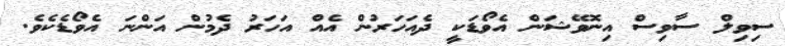
ސިވިލް ސާވިސް އިނޮވޭޝަން އެވޯޑަކީ ދެއަހަރުން އެއް އަހަރު ދެމުން އަންނަ އެވޯޑެެކެވެ.